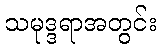
သမုဒ္ဒရာအတွင်း